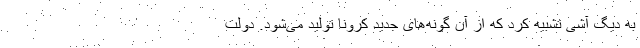
به دیگ آشی تشبیه کرد که از آن گونه‌های جدید کرونا تولید می‌شود. دولت